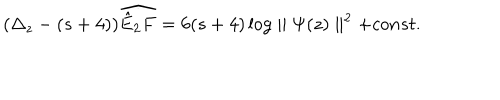
LaTeX: ( \Delta _ { z } - ( s + 4 ) ) \widehat { \hat { E } _ { 2 } F } = 6 ( s + 4 ) \log \parallel \Psi ( z ) \parallel ^ { 2 } + c o n s t .